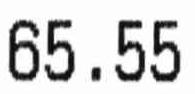
65.55